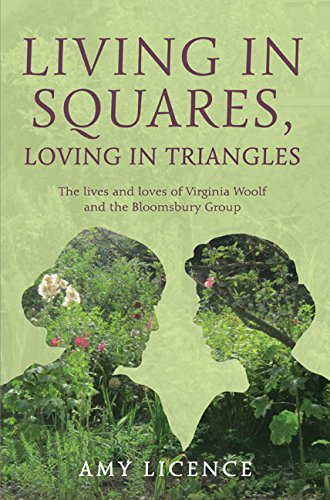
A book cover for Living in Squares, Loving in Triangles: The Lives and Loves of Virginia Woolf & the Bloomsbury Group; Amy Licence; Biographies & Memoirs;